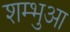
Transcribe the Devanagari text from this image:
शम्भुआ